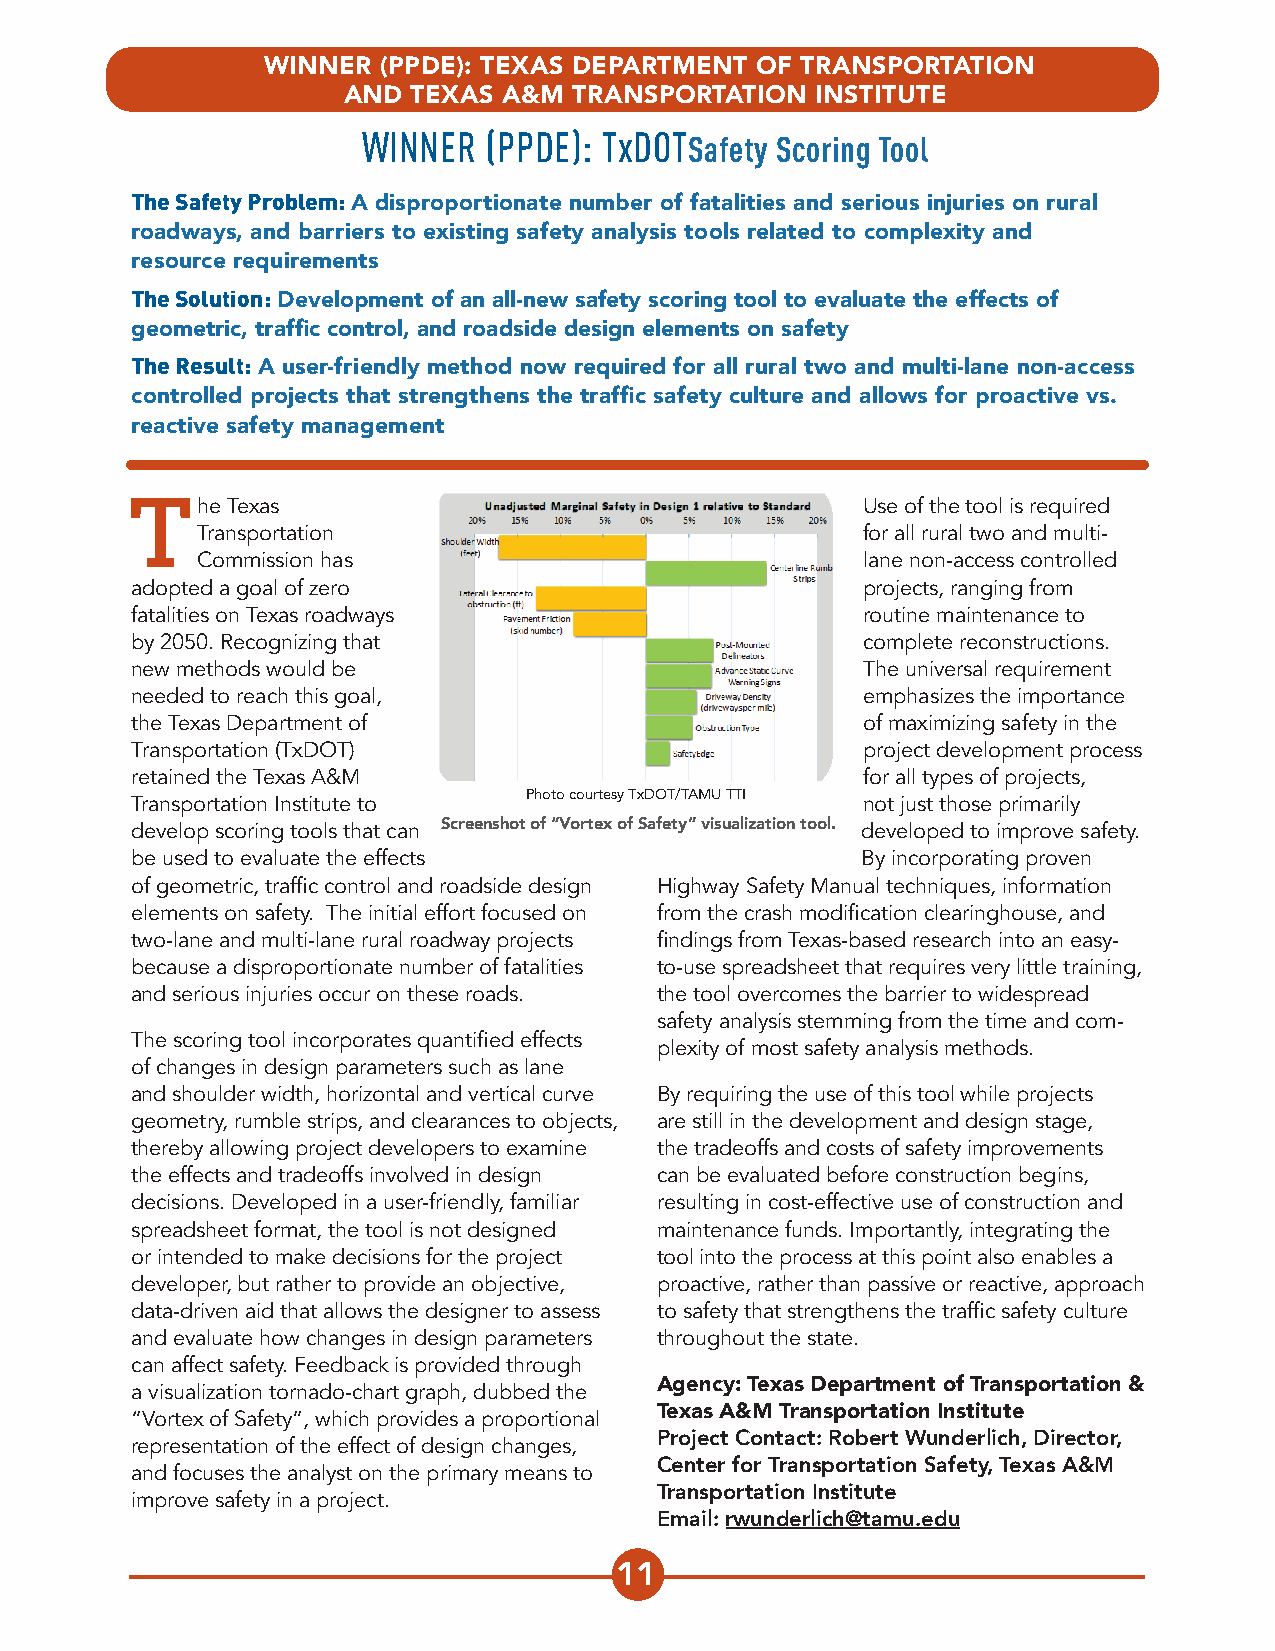
WINNER  (PPDE): TEXAS DEPARTMENT OF TRANSPORTATION
 AND TEXAS A&M  TRANSPORTATION  INSTITUTE
 WINNER  (PPDE): TxDOTSafety Scoring Tool
 The Safety Problem: A disproportionate number of fatalities and serious injuries on rural
 roadways, and barriers to existing safety analysis tools related to complexity and
 resource requirements
 The Solution: Development of an all-new safety scoring tool to evaluate the effects of
 geometric, traffic control, and roadside design elements on safety
 The Result: A user-friendly method now required for all rural two and multi-lane non-access
 controlled projects that strengthens the traffic safety culture and allows for proactive vs.
 reactive safety management
 The    Texas                                     Use of the tool is required
 Transportation                              for all rural two and multi-
 Commission has                              lane non-access controlled
 adopted a goal of zero                          projects, ranging from
 fatalities on Texas roadways                    routine maintenance to
 by 2050. Recognizing that                       complete reconstructions.
 new methods would be                            The universal requirement
 needed to reach this goal,                      emphasizes the importance
 the Texas Department of                         of maximizing safety in the
 Transportation (TxDOT)                          project development process
 retained the Texas A&M                          for all types of projects,
 Transportation Institute to Photo courtesy TxDOT/TAMU TTI not just those primarily
 develop scoring tools that can Screenshot of “Vortex of Safety” visualization tool. developed to improve safety.
 be used to evaluate the effects                 By incorporating proven
 of geometric, traffic control and roadside design Highway Safety Manual techniques, information
 elements on safety. The initial effort focused on from the crash modification clearinghouse, and
 two-lane and multi-lane rural roadway projects findings from Texas-based research into an easy-
 because a disproportionate number of fatalities to-use spreadsheet that requires very little training,
 and serious injuries occur on these roads. the tool overcomes the barrier to widespread
 safety analysis stemming from the time and com-
 The scoring tool incorporates quantified effects
 plexity of most safety analysis methods.
 of changes in design parameters such as lane
 and shoulder width, horizontal and vertical curve By requiring the use of this tool while projects
 geometry, rumble strips, and clearances to objects, are still in the development and design stage,
 thereby allowing project developers to examine the tradeoffs and costs of safety improvements
 the effects and tradeoffs involved in design can be evaluated before construction begins,
 decisions. Developed in a user-friendly, familiar resulting in cost-effective use of construction and
 spreadsheet format, the tool is not designed maintenance funds. Importantly, integrating the
 or intended to make decisions for the project tool into the process at this point also enables a
 developer, but rather to provide an objective, proactive, rather than passive or reactive, approach
 data-driven aid that allows the designer to assess to safety that strengthens the traffic safety culture
 and evaluate how changes in design parameters throughout the state.
 can affect safety. Feedback is provided through
 a visualization tornado-chart graph, dubbed the Agency: Texas Department of Transportation &
 “Vortex of Safety”, which provides a proportional Texas A&M Transportation Institute
 representation of the effect of design changes, Project Contact: Robert Wunderlich, Director,
 and focuses the analyst on the primary means to Center for Transportation Safety, Texas A&M
 improve safety in a project.      Transportation Institute
 Email: rwunderlich@tamu.edu
 11